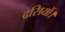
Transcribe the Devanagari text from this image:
दसियों।